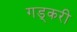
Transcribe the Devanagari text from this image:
गड्करी